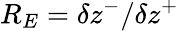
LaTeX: R_{E}=\delta z^{-}/\delta z^{+}